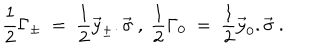
\frac { 1 } { 2 } \Gamma _ { \pm } \ = \ \frac { 1 } { 2 } \vec { y } _ { \pm } . \vec { \sigma } \ , \ \frac { 1 } { 2 } \Gamma _ { 0 } \ = \ \frac { 1 } { 2 } \vec { y } _ { 0 } . \vec { \sigma } \ .